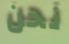
نحن